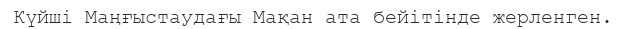
Күйші Маңғыстаудағы Мақан ата бейітінде жерленген.